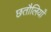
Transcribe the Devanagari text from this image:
छतौलियाँ